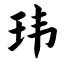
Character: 玮